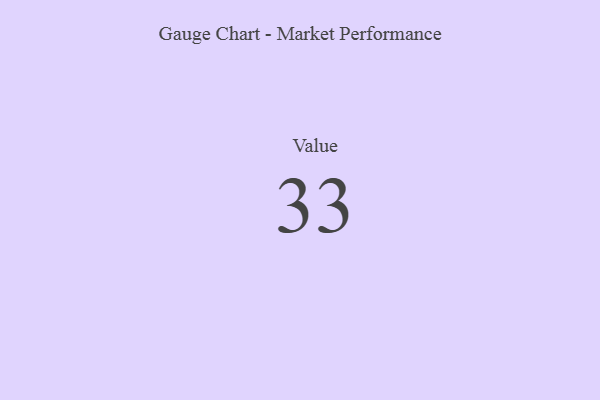
{"axis": {"x": "Metric", "y": "Value"}, "legend": [""], "data": [{"x": "Value", "y": 33, "type": ""}]}